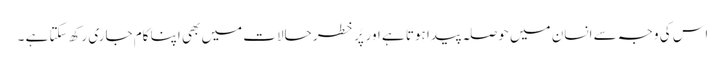
اس کی وجہ سے انسان میں حوصلہ پیدا ہوتا ہے اور پُر خطر حالات میں بھی اپنا کام جاری رکھ سکتا ہے ۔